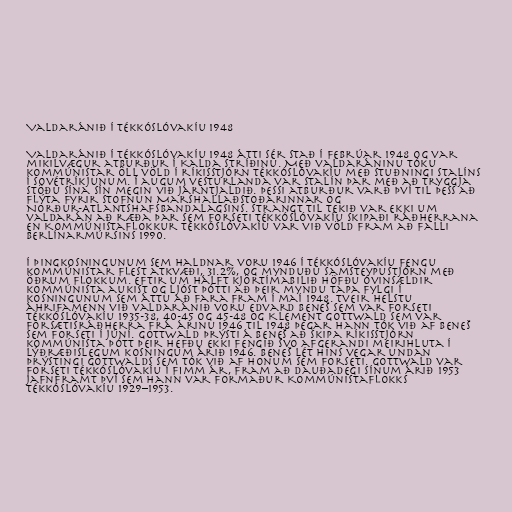
Valdaránið í Tékkóslóvakíu 1948

Valdaránið í Tékkóslóvakíu 1948 átti sér stað í febrúar 1948 og var
mikilvægur atburður í Kalda stríðinu. Með valdaráninu tóku
kommúnistar öll völd í ríkisstjórn Tékkóslóvakíu með stuðningi Stalíns
í Sovétríkjunum. Í augum vesturlanda var Stalín þar með að tryggja
stöðu sína sín megin við Járntjaldið. Þessi atburður varð því til þess að
flýta fyrir stofnun Marshallaðstoðarinnar og
Norður-Atlantshafsbandalagsins. Strangt til tekið var ekki um
valdarán að ræða þar sem forseti Tékkóslóvakíu skipaði ráðherrana
en Kommúnistaflokkur Tékkóslóvakíu var við völd fram að falli
Berlínarmúrsins 1990.

Í þingkosningunum sem haldnar voru 1946 í Tékkóslóvakíu fengu
kommúnistar flest atkvæði, 31.2%, og mynduðu samsteypustjórn með
öðrum flokkum. Eftir um hálft kjörtímabilið höfðu óvinsældir
kommúnista aukist og ljóst þótti að þeir myndu tapa fylgi í
kosningunum sem áttu að fara fram í maí 1948. Tveir helstu
áhrifamenn við valdaránið voru Edvard Beneš sem var forseti
Tékkóslóvakíu 1935-38, 40-45 og 45-48 og Klement Gottwald sem var
forsætisráðherra frá árinu 1946 til 1948 þegar hann tók við af Beneš
sem forseti í júní. Gottwald þrýsti á Beneš að skipa ríkisstjórn
kommúnista þótt þeir hefðu ekki fengið svo afgerandi meirihluta í
lýðræðislegum kosningum árið 1946. Beneš lét hins vegar undan
þrýstingi Gottwalds sem tók við af honum sem forseti. Gottwald var
forseti Tékkóslóvakíu í fimm ár, fram að dauðadegi sínum árið 1953
jafnframt því sem hann var formaður Kommúnistaflokks
Tékkóslóvakíu 1929–1953.